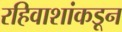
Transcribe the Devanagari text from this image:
रहिवाशांकडून